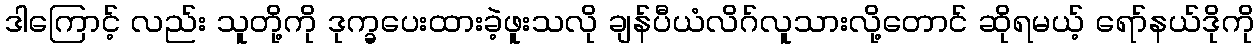
ဒါကြောင့် လည်း သူတို့ကို ဒုက္ခပေးထားခဲ့ဖူးသလို ချန်ပီယံလိဂ်လူသားလို့တောင် ဆိုရမယ့် ရော်နယ်ဒိုကို